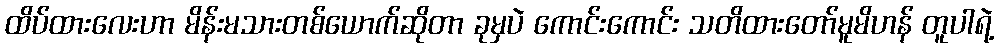
ထိပ်ထားလေးဟာ မိန်းမသားတစ်ယောက်ဆိုတာ ခုမှပဲ ကောင်းကောင်း သတိထားတော်မူမိဟန် တူပါရဲ့